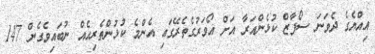
އިއްޔެގެ ދެވަނަ ސޯފާޒް ކުޅެންއަރާ އަށް އޯވަރުގެތެރޭގައި އެންމެ ކުުޅުންތެރިއެއް ނުބައިވެގެން 147